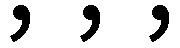
, , ,